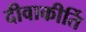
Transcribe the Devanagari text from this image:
दीवाकीर्ति